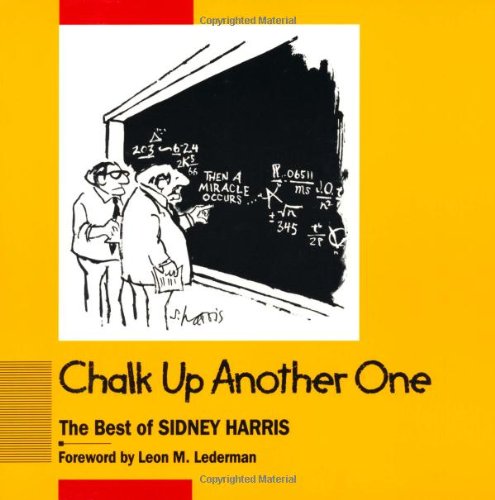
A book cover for Chalk Up Another One; Humor & Entertainment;